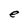
Character: e